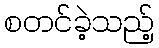
စတင်ခဲ့သည့်